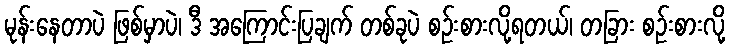
မုန်းနေတာပဲ ဖြစ်မှာပဲ၊ ဒီ အကြောင်းပြချက် တစ်ခုပဲ စဉ်းစားလို့ရတယ်၊ တခြား စဉ်းစားလို့